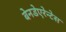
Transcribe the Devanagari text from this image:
बेनडेएरेन्टेस